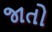
જાતો